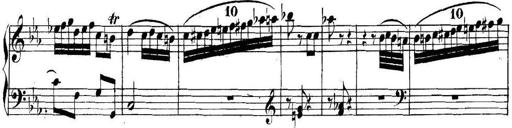
Title: Collected Piano Sonatas
Composer: Muzio Clementi